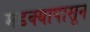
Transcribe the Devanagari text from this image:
मडक्यापासून